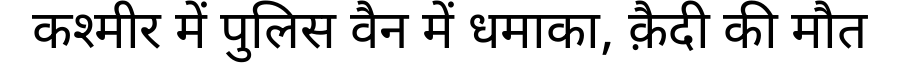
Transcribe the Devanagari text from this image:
कश्मीर में पुलिस वैन में धमाका, क़ैदी की मौत